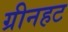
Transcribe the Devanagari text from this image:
ग्रीनहट